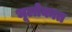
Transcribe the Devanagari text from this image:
भूलोकात